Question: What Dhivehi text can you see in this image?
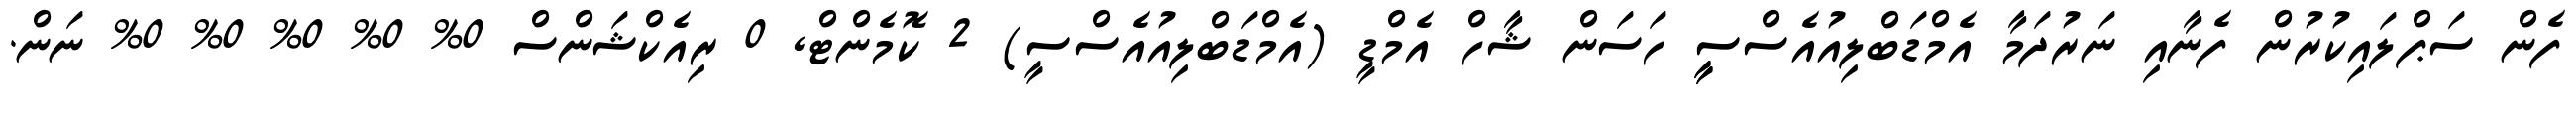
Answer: ފެން ސަޕްލައިކުރުން ފެނާއި ނަރުދަމާ އެމްޑަބްލިއުއެސްސީީ ހަސަން ޝާހް އެމްޑީ (އެމްޑަބްލިއުއެސްސީ) 2 ކޮމެންޓް, 0 ރިއެކްޝަންސް 0% 0% 0% 0% 0% ނަން.